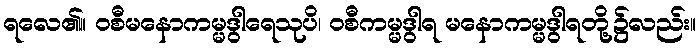
ရလေ၏။ ဝစီမနောကမ္မဒွါရေသုပိ၊ ဝစီကမ္မဒွါရ မနောကမ္မဒွါရတို့၌လည်း။